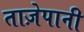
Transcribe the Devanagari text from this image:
ताज़ेपानी